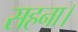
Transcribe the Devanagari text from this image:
सहना।